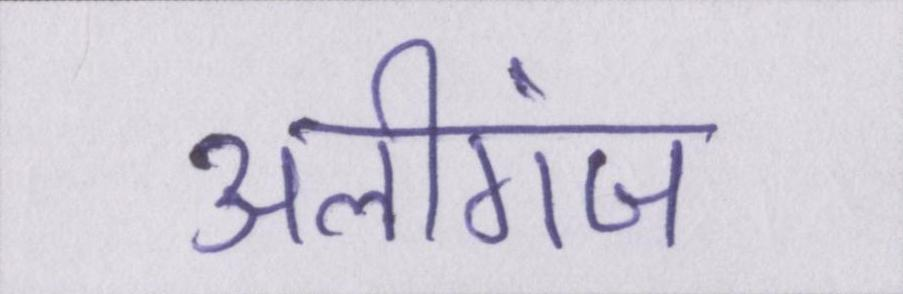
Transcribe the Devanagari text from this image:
अलीगंज